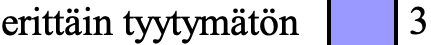
erittäin tyytymätön 3